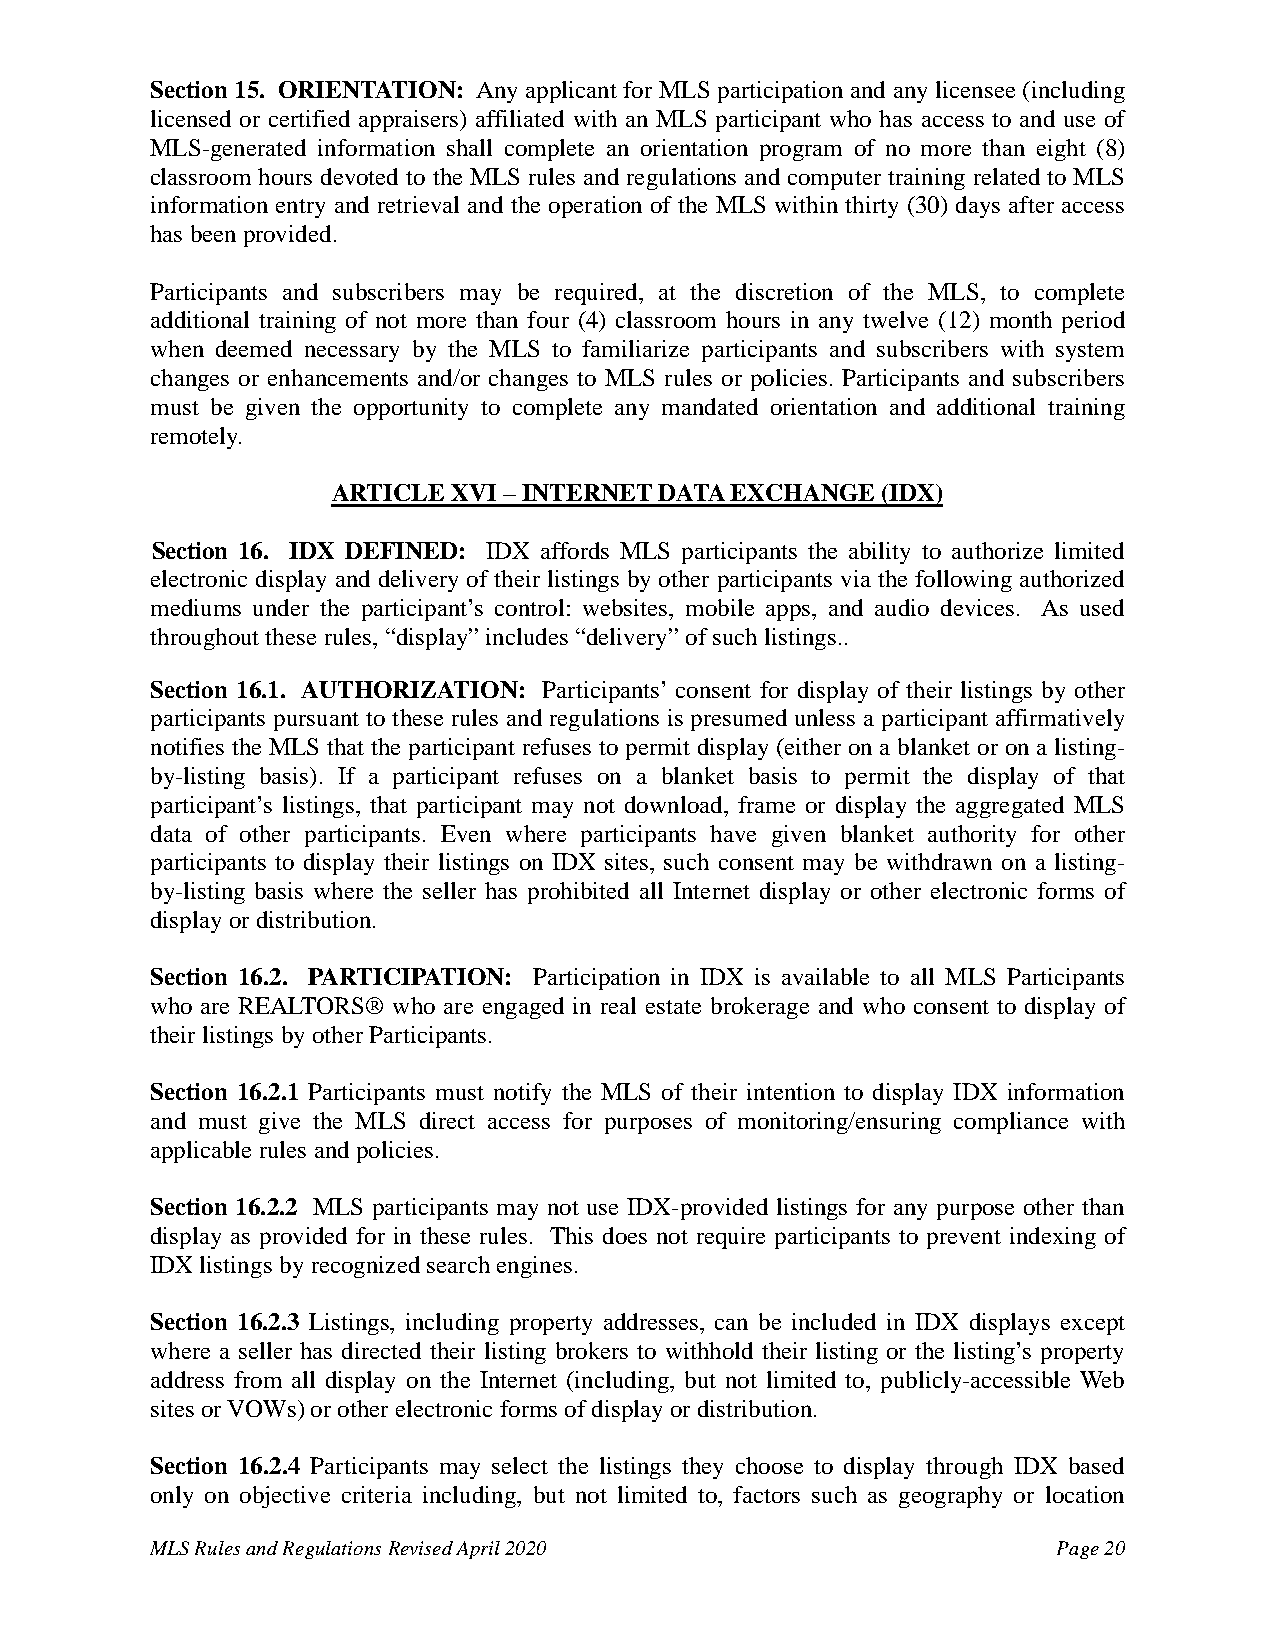
Section 15. ORIENTATION: Any applicant for MLS participation and any licensee (including
 licensed or certified appraisers) affiliated with an MLS participant who has access to and use of
 MLS-generated information shall complete an orientation program of no more than eight (8)
 classroom hours devoted to the MLS rules and regulations and computer training related to MLS
 information entry and retrieval and the operation of the MLS within thirty (30) days after access
 has been provided.
 Participants and subscribers may be required, at the discretion of the MLS, to complete
 additional training of not more than four (4) classroom hours in any twelve (12) month period
 when deemed necessary by the MLS to familiarize participants and subscribers with system
 changes or enhancements and/or changes to MLS rules or policies. Participants and subscribers
 must be given the opportunity to complete any mandated orientation and additional training
 remotely.
 ARTICLE XVI – INTERNET DATA EXCHANGE (IDX)
 Section 16. IDX DEFINED: IDX affords MLS participants the ability to authorize limited
 electronic display and delivery of their listings by other participants via the following authorized
 mediums under the participant’s control: websites, mobile apps, and audio devices. As used
 throughout these rules, “display” includes “delivery” of such listings..
 Section 16.1. AUTHORIZATION: Participants’ consent for display of their listings by other
 participants pursuant to these rules and regulations is presumed unless a participant affirmatively
 notifies the MLS that the participant refuses to permit display (either on a blanket or on a listing-
 by-listing basis). If a participant refuses on a blanket basis to permit the display of that
 participant’s listings, that participant may not download, frame or display the aggregated MLS
 data of other participants. Even where participants have given blanket authority for other
 participants to display their listings on IDX sites, such consent may be withdrawn on a listing-
 by-listing basis where the seller has prohibited all Internet display or other electronic forms of
 display or distribution.
 Section 16.2. PARTICIPATION: Participation in IDX is available to all MLS Participants
 who are REALTORS® who are engaged in real estate brokerage and who consent to display of
 their listings by other Participants.
 Section 16.2.1 Participants must notify the MLS of their intention to display IDX information
 and must give the MLS direct access for purposes of monitoring/ensuring compliance with
 applicable rules and policies.
 Section 16.2.2 MLS participants may not use IDX-provided listings for any purpose other than
 display as provided for in these rules. This does not require participants to prevent indexing of
 IDX listings by recognized search engines.
 Section 16.2.3 Listings, including property addresses, can be included in IDX displays except
 where a seller has directed their listing brokers to withhold their listing or the listing’s property
 address from all display on the Internet (including, but not limited to, publicly-accessible Web
 sites or VOWs) or other electronic forms of display or distribution.
 Section 16.2.4 Participants may select the listings they choose to display through IDX based
 only on objective criteria including, but not limited to, factors such as geography or location
 MLS Rules and Regulations Revised April 2020                Page 20